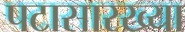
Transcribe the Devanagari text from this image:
पटासारख्या